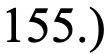
155.)